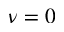
\nu = 0